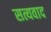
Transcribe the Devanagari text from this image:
सत्यवाद